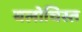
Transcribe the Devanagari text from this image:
बलोचिस्त